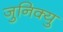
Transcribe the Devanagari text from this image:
जुनिक्यु